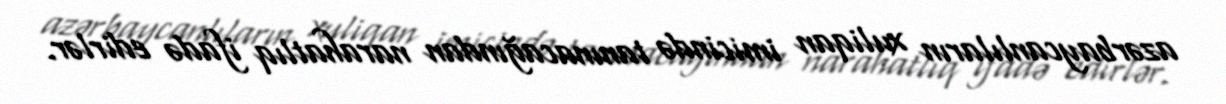
azərbaycanlıların xuliqan imicində tanınacağından narahatlıq ifadə edirlər.